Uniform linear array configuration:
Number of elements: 64
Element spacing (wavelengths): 0.75
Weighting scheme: hamming
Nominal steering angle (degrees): -60
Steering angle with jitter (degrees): -60.028
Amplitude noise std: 0.05
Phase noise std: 0.05

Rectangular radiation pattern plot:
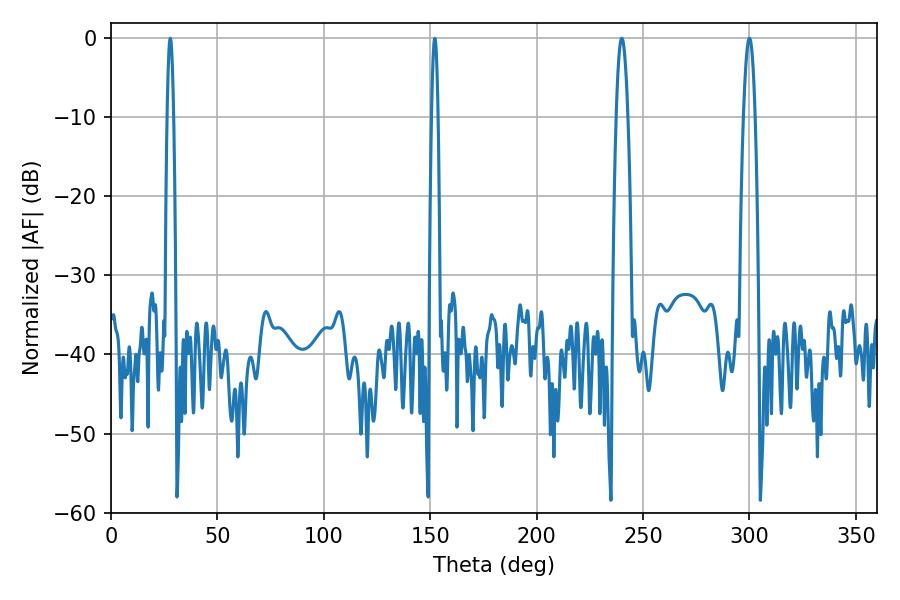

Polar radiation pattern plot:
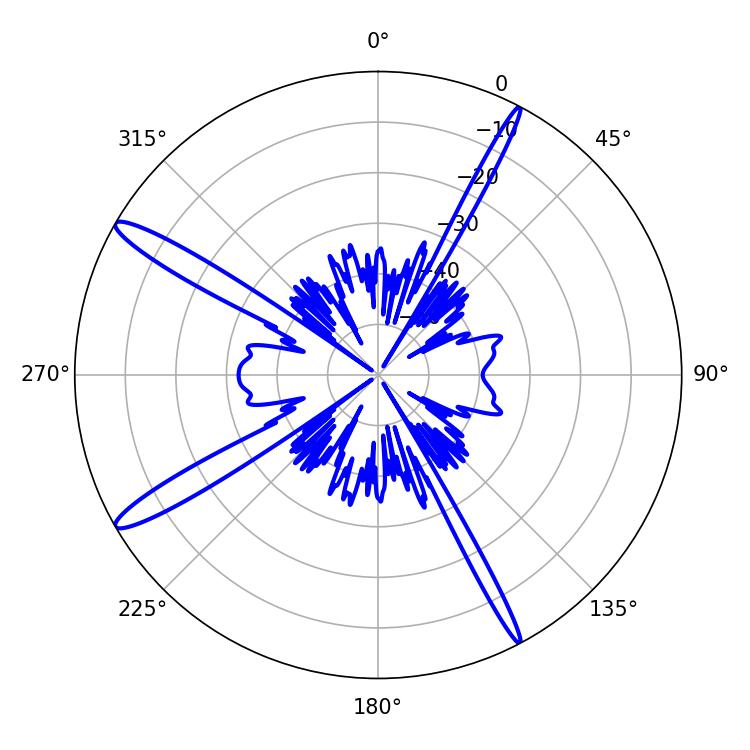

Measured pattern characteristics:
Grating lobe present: TRUE
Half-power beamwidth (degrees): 3.06
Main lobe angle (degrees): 239.94